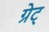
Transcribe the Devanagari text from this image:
ग्रेट्